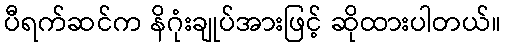
ပီရက်ဆင်က နိဂုံးချုပ်အားဖြင့် ဆိုထားပါတယ်။